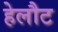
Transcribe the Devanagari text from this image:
हेलौट